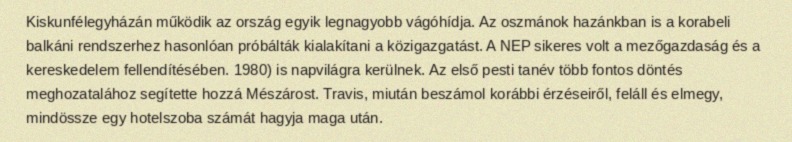
Kiskunfélegyházán működik az ország egyik legnagyobb vágóhídja. Az oszmánok hazánkban is a korabeli balkáni rendszerhez hasonlóan próbálták kialakítani a közigazgatást. A NEP sikeres volt a mezőgazdaság és a kereskedelem fellendítésében. 1980) is napvilágra kerülnek. Az első pesti tanév több fontos döntés meghozatalához segítette hozzá Mészárost. Travis, miután beszámol korábbi érzéseiről, feláll és elmegy, mindössze egy hotelszoba számát hagyja maga után.